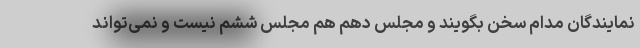
نمایندگان مدام سخن بگویند و مجلس دهم هم مجلس ششم نیست و نمی‌تواند